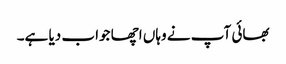
بھائی آپ نے وہاں اچھا جواب دیا ہے۔